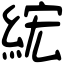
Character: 綋